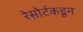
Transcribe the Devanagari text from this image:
रेसोर्टकडून